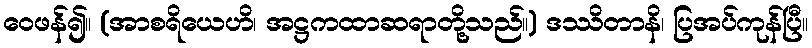
ဝေဖန်၍။ (အာစရိယေဟိ၊ အဋ္ဌကထာဆရာတို့သည်။) ဒဿိတာနိ၊ ပြအပ်ကုန်ပြီ။